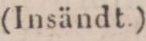
(Insändt.)